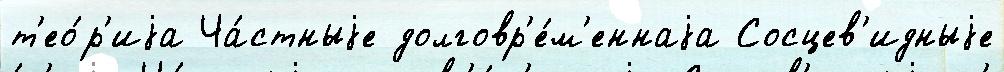
т'ео́р'иjа Ча́стныjе долговр'е́м'еннаjа Сосцев'идныjе